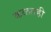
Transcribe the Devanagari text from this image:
कळतही